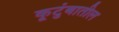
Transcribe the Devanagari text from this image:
कूटुंबातील